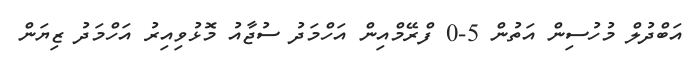
އަބްދުލް މުހުސިން އަތުން 5-0 ފްރޭމްއިން އަހްމަދު ސުޖާއު މޮޅުވިއިރު އަހްމަދު ޒިޔަން